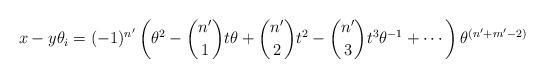
LaTeX: \begin{align*}x - y \theta_i =(-1)^{n'}\left (\theta^2-\binom{n'}{1} t\theta +\binom{n'}{2} t^2 -\binom{n'}{3} t^3\theta^{-1}+\cdots \right ) \theta^{(n'+m'-2)} \end{align*}